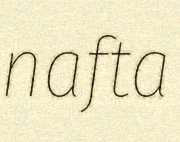
nafta